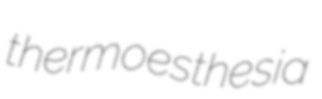
thermoesthesia